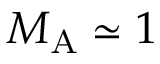
M _ { \mathrm { A } } \simeq 1